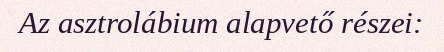
Az asztrolábium alapvető részei: